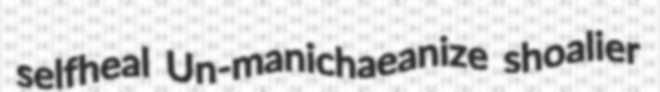
selfheal Un-manichaeanize shoalier